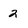
Character: 2